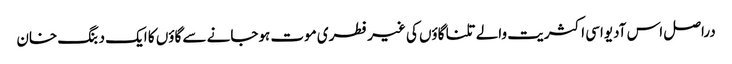
دراصل اس آدیواسی اکثریت والے تلنا گاؤں کی غیرفطری موت ہوجانے سے گاؤں کا ایک دبنگ خان